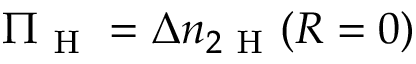
\Pi _ { \mathrm { ~ H ~ } } = \Delta n _ { 2 \mathrm { ~ H ~ } } ( \boldsymbol { R } = 0 )